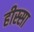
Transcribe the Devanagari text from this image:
हीस्सा